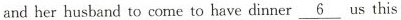
and her husband to come to have dinner_6 us this